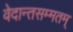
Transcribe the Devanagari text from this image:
वेदान्तसम्मतम्